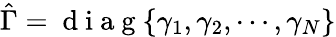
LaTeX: \hat{\Gamma}=\mathrm{~d~i~a~g~}\{ \gamma_{1},\gamma_{2},\cdots,\gamma_{N}\}